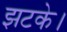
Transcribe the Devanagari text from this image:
झटके।